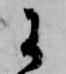
に